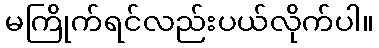
မကြိုက်ရင်လည်းပယ်လိုက်ပါ။